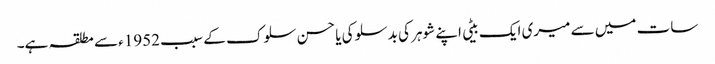
سات میں سے میری ایک بیٹی اپنے شوہر کی بدسلوکی یا حسن سلوک کے سبب 1952ء سے مطلقہ ہے۔